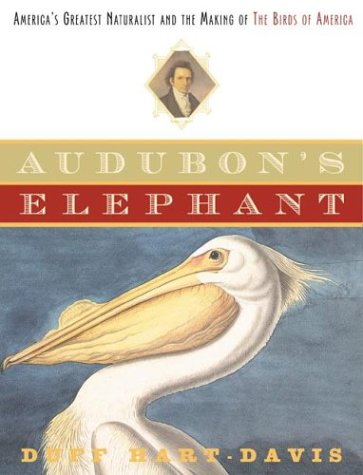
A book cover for Audubon's Elephant: America's Greatest Naturalist and the Making of The Birds of America; Duff Hart-Davis; Travel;